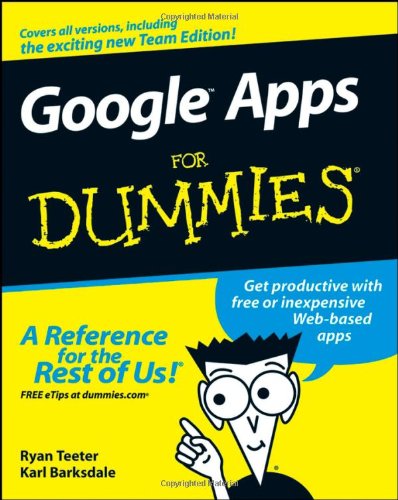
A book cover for Google Apps For Dummies; Ryan Teeter; Computers & Technology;